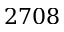
2 7 0 8